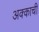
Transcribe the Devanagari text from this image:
अक्काची